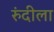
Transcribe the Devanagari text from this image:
रुंदीला